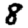
Digit: 8